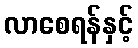
လာစေရန်နှင့်